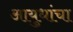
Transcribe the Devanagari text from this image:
आयुधांचा